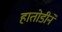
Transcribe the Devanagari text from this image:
हातोडीने